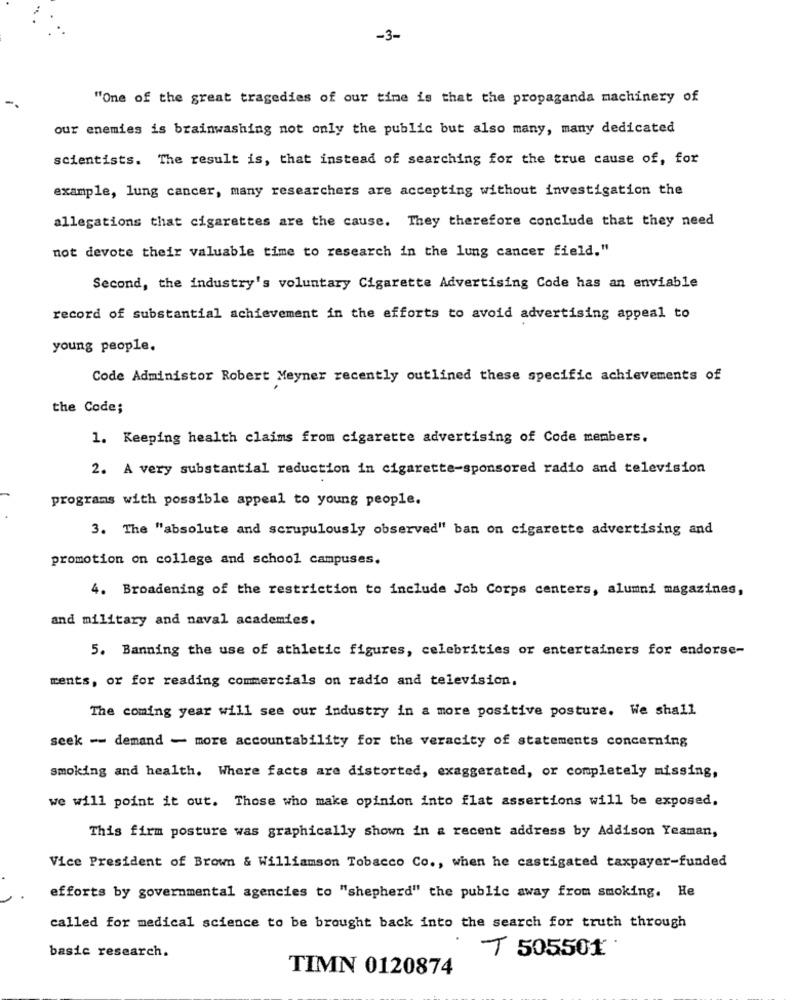
-3-
"One of the great tragedies of our time is that the propaganda machinery of
our enemies is brainwashing not only the public but also many, many dedicated
scientists. The result is, that instead of searching for the true cause of, for
example, lung cancer, many researchers are accepting without investigation the
allegations that cigarettes are the cause. They therefore conclude that they need
not devote their valuable time to research in the lung cancer field."
Second, the industry's voluntary Cigarette Advertising Code has an enviable
record of substantial achievement in the efforts to avoid advertising appeal to
young people.
Code Administor Robert Meyner recently outlined these specific achievements of
the Code;
1. Keeping health claims from cigarette advertising of Code members.
2. A very substantial reduction in cigarette-sponsored radio and television
programs with possible appeal to young people.
3. The "absolute and scrupulously observed" ban on cigarette advertising and
promotion on college and school campuses.
4. Broadening of the restriction to include Job Corps centers, alumni magazines,
and military and naval academies.
5. Banning the use of athletic figures, celebrities or entertainers for endorse-
ments, or for reading commercials on radio and television.
The coming year will see our industry in a more positive posture. We shall
seek -- demand - more accountability for the veracity of statements concerning
smoking and health. Where facts are distorted, exaggerated, or completely missing,
we will point it out. Those who make opinion into flat assertions will be exposed.
This firm posture was graphically shown in a recent address by Addison Yeaman,
Vice President of Brown & Williamson Tobacco Co ., when he castigated taxpayer-funded
efforts by governmental agencies to "shepherd" the public away from smoking. He
called for medical science to be brought back into the search for truth through
basic research.
T 505501
TIMN 0120874